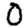
Digit: 0